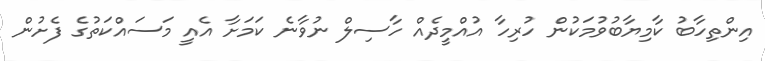
އިންތިހާބު ކާމިޔާބުވުމަކުން ހުރިހާ އުއްމީދެއް ހާސިލް ނުވާނެ ކަމަށާ އެއީ މަސައްކަތުގެ ފެށުން